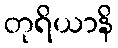
တုရိယာနိ